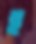
হ